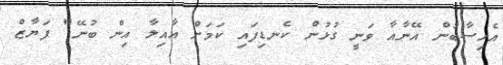
އެހިސާބުން އޭނާއާ ވަނީ ގުޅުން ކެނޑިފައި ކަމަށް އާއިލާ އިން ބުނޭ" ފަޔާޒް